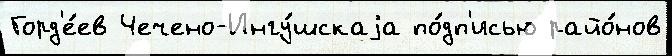
Горд'е́ев Чечено-Ингу́шскаjа по́дп'исью райо́нов